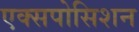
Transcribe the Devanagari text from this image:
एक्सपोसिशन